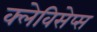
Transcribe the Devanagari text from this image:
क्लेविसेप्स